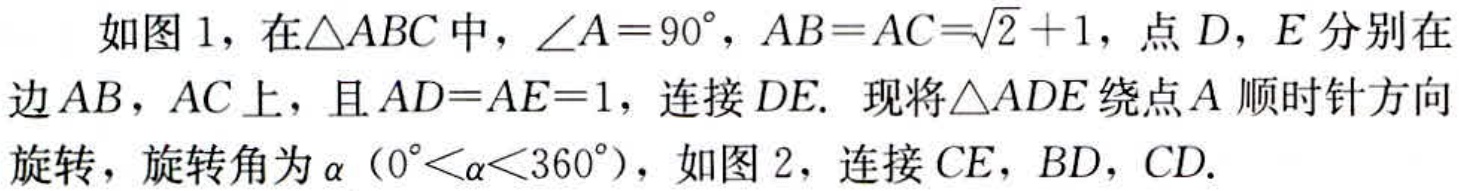
如图1，在\(\triangle ABC\)中，\(\angle A = 90^{\circ}\)，\(AB = AC=\sqrt{2} + 1\)，点\(D\)，\(E\)分别在边\(AB\)，\(AC\)上，且\(AD = AE = 1\)，连接\(DE\). 现将\(\triangle ADE\)绕点\(A\)顺时针方向旋转，旋转角为\(\alpha\)（\(0^{\circ}<\alpha<360^{\circ}\)），如图2，连接\(CE\)，\(BD\)，\(CD\).